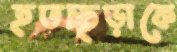
হতচ্ছড়াকে